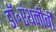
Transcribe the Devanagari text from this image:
डॉ॰एंथनीबी